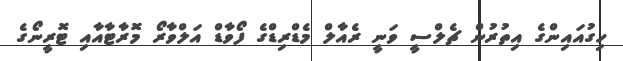
ހިގުއައިންގެ އިތުރުން ޗެލްސީ ވަނީ ރެއާލް މެޑްރިޑްގެ ފޯވާޑް އަލްވާރޯ މޮރާޓާއާއި ޓޮރީނޯގެ